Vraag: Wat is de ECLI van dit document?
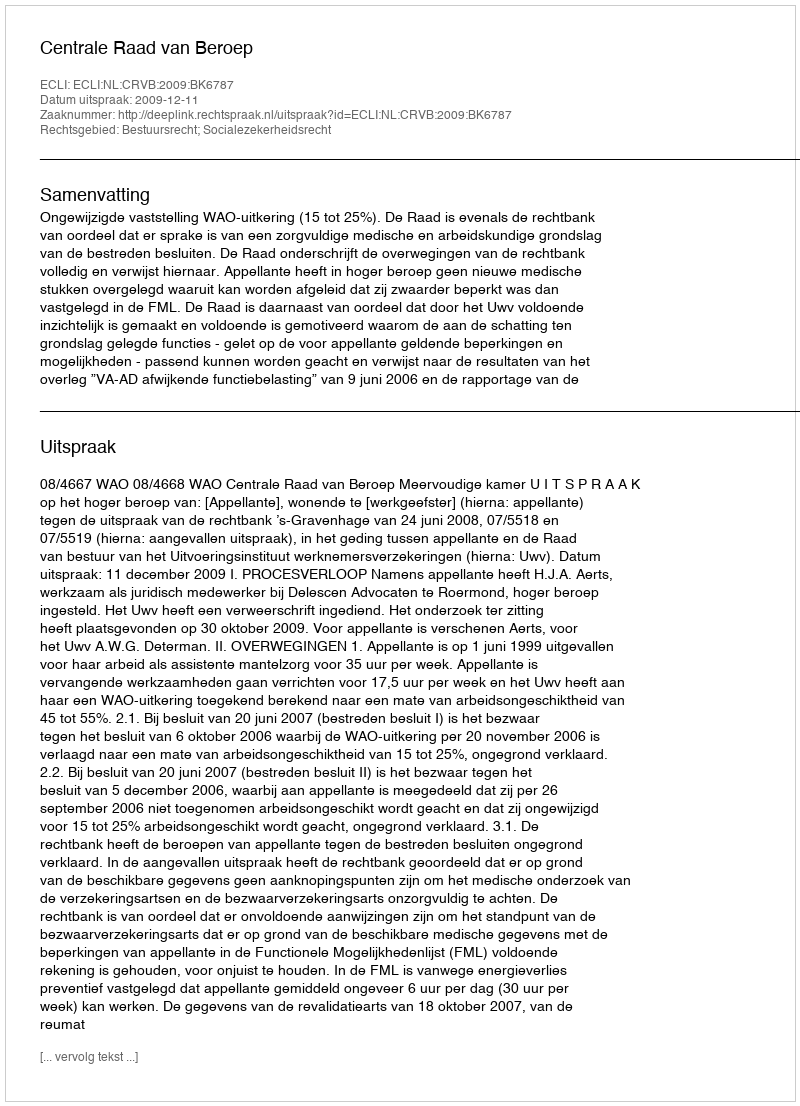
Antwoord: ECLI:NL:CRVB:2009:BK6787